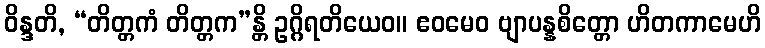
ဝိန္ဒတိ, “တိတ္တကံ တိတ္တက”န္တိ ဥဂ္ဂိရတိယေဝ။ ဧဝမေဝ ဗျာပန္နစိတ္တော ဟိတကာမေဟိ